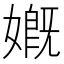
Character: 𡠣